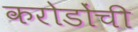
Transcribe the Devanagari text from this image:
करोडोंची